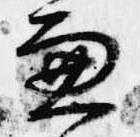
兼